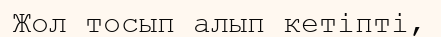
Жол тосып алып кетіпті,